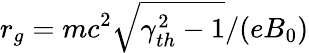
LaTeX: r_{g}=mc^{2}\sqrt{\gamma_{th}^{2}-1}/(eB_{0})